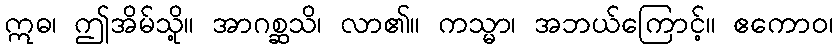
ဣဓ၊ ဤအိမ်သို့။ အာဂစ္ဆသိ၊ လာ၏။ ကသ္မာ၊ အဘယ်ကြောင့်။ ဧကောဝ၊